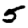
Digit: 5